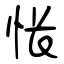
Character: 怅